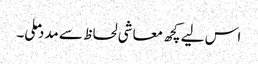
اس لیے کچھ معاشی لحاظ سے مدد ملی۔